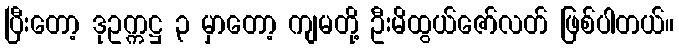
ပြီးတော့ ဒုဥက္ကဋ္ဌ ၃ မှာတော့ ကျမတို့ ဦးမိထွယ်ဇော်လတ် ဖြစ်ပါတယ်။